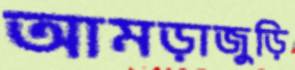
আমড়াজুড়ি